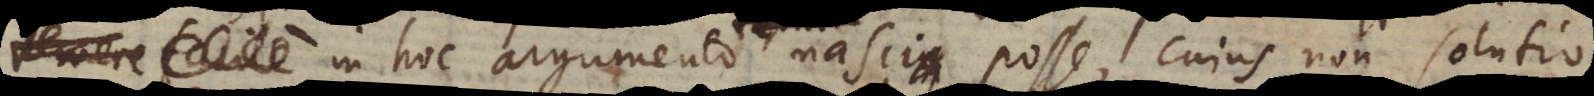
in hoc argumento nasci posse, cujus non solutio